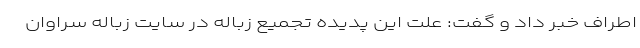
اطراف خبر داد و گفت: علت این پدیده تجمیع زباله در سایت زباله سراوان